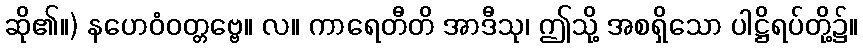
ဆို၏။) နဟေဝံဝတ္တဗ္ဗေ။ လ။ ကာရေတီတိ အာဒီသု၊ ဤသို့ အစရှိသော ပါဋ္ဌိရပ်တို့၌။